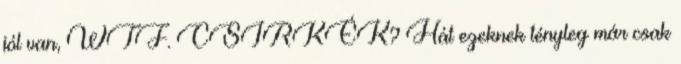
jól van, WTF. CSIRKÉK? Hát ezeknek tényleg már csak